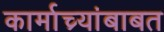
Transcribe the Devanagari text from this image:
कार्माच्र्यांबाबत